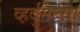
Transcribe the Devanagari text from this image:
व्हर्दुनच्या